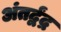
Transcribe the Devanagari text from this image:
अंतर्द्वंद्र